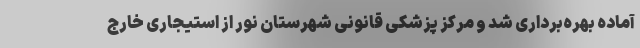
آماده بهره‌برداری شد و مرکز پزشکی قانونی شهرستان نور از استیجاری خارج